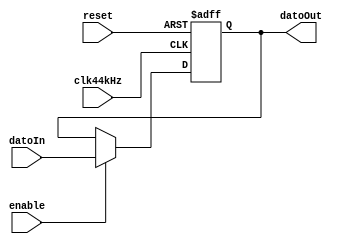
`timescale 1ns / 1ps
//////////////////////////////////////////////////////////////////////////////////
// Company: 
// Engineer: 
// 
// Design Name: 
// Module Name:    Registro_Paralelo3 
// Project Name: 
// Target Devices: 
// Tool versions: 
// Description: 
//
// Dependencies: 
//
// Revision: 
// Revision 0.01 - File Created
// Additional Comments: 
//
//////////////////////////////////////////////////////////////////////////////////
module Registro_Paralelo3#(parameter width = 4)(
	input clk44kHz,reset, enable,
	input [width-1:0] datoIn, 
	output [width-1:0] datoOut
    );
	 
	 reg [width-1:0] datoActual, datoSig;
	
	always @ (posedge clk44kHz, posedge reset)
	
		if (reset)
			
				datoActual <= 0;
				//datoSig <= 0;
			
		else 
			datoActual <= datoSig;
			
	always @*
	
		begin
			datoSig = datoActual;
			if (enable) 
				datoSig = datoIn;
			else
				datoSig = datoActual;
		end	
	assign datoOut = datoActual;			


endmodule